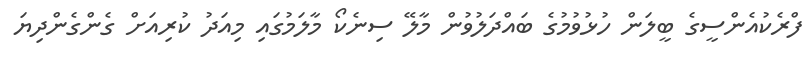
ފްރެކުއެންސީގެ ބީލަން ހުޅުވުމުގެ ބައްދަލުވުން މާލޭ ސިނެކޯ މާލަމުގައި މިއަދު ކުރިއަށް ގެންގެންދިޔަ